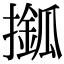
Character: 𢶎